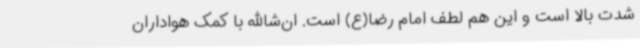
شدت بالا است و این هم لطف امام رضا(ع) است. ان‌شاالله با کمک هواداران